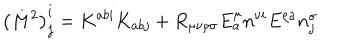
\left( M ^ { 2 } \right) _ { j } ^ { i } = K ^ { a b i } K _ { a b j } + R _ { \mu \nu \rho \sigma } E _ { a } ^ { \mu } n ^ { \nu i } E ^ { \rho a } n _ { j } ^ { \sigma }